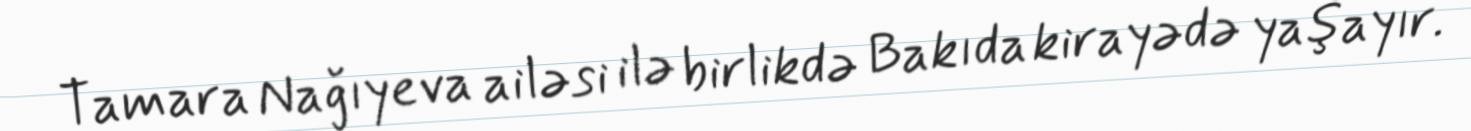
Tamara Nağıyeva ailəsi ilə birlikdə Bakıda kirayədə yaşayır.